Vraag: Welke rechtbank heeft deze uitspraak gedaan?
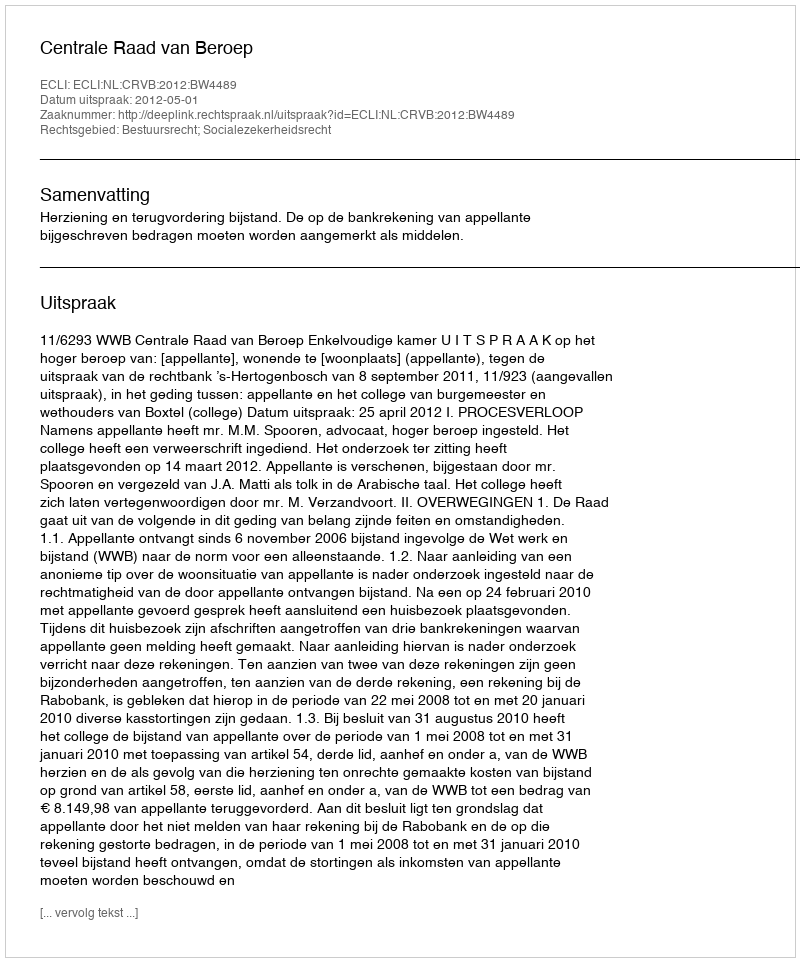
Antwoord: Centrale Raad van Beroep